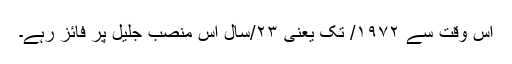
اس وقت سے ۱۹۷۲/ تک یعنی ۲۳/سال اس منصب جلیل پر فائز رہے۔